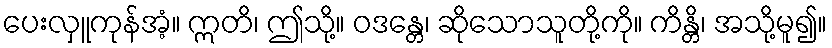
ပေးလှူကုန်အံ့။ ဣတိ၊ ဤသို့။ ဝဒန္တေ၊ ဆိုသောသူတို့ကို။ ကိန္တိ၊ အသို့မူ၍။